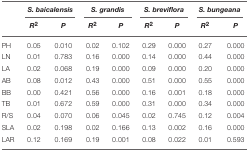
|  | <COLSPAN=2> S. baicalensis | <COLSPAN=2> S. grandis | <COLSPAN=2> S. breviflora | <COLSPAN=2> S. bungeana |
 |  | R2 | P | R2 | P | R2 | P | R2 | P |
 | --- | --- | --- | --- | --- | --- | --- | --- | --- |
 | PH | 0.05 | 0.010 | 0.02 | 0.102 | 0.29 | 0.000 | 0.27 | 0.000 |
 | LN | 0.01 | 0.783 | 0.16 | 0.000 | 0.14 | 0.000 | 0.44 | 0.000 |
 | LA | 0.02 | 0.068 | 0.19 | 0.000 | 0.09 | 0.000 | 0.20 | 0.000 |
 | AB | 0.08 | 0.012 | 0.43 | 0.000 | 0.51 | 0.000 | 0.55 | 0.000 |
 | BB | 0.00 | 0.421 | 0.56 | 0.000 | 0.16 | 0.001 | 0.18 | 0.000 |
 | TB | 0.01 | 0.672 | 0.59 | 0.000 | 0.31 | 0.000 | 0.34 | 0.000 |
 | R/S | 0.04 | 0.070 | 0.06 | 0.045 | 0.02 | 0.745 | 0.12 | 0.004 |
 | SLA | 0.02 | 0.198 | 0.02 | 0.166 | 0.13 | 0.002 | 0.16 | 0.000 |
 | LAR | 0.12 | 0.169 | 0.19 | 0.001 | 0.08 | 0.022 | 0.01 | 0.593 |